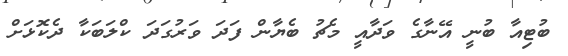
ބުޓިއާ ބުނީ އޭނާގެ ވަދާއީ މެޗު ބެޔާން ފަދަ ވަރުގަދަ ކްލަބަކާ ދެކޮޅަށް